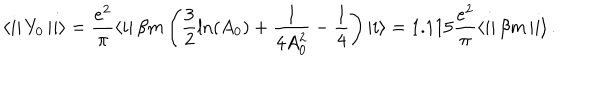
\left\langle i \right| Y _ { 0 } \left| i \right\rangle = \frac { e ^ { 2 } } \pi \left\langle i \right| \beta m \left( \frac 3 2 \ln ( A _ { 0 } ) + \frac 1 { 4 A _ { 0 } ^ { 2 } } - \frac 1 4 \right) \left| i \right\rangle = 1 . 1 1 5 \frac { e ^ { 2 } } \pi \left\langle i \right| \beta m \left| i \right\rangle .